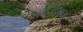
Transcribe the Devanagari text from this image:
कन्वर्जेशन